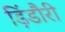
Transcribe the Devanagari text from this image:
ड़िंडौरी